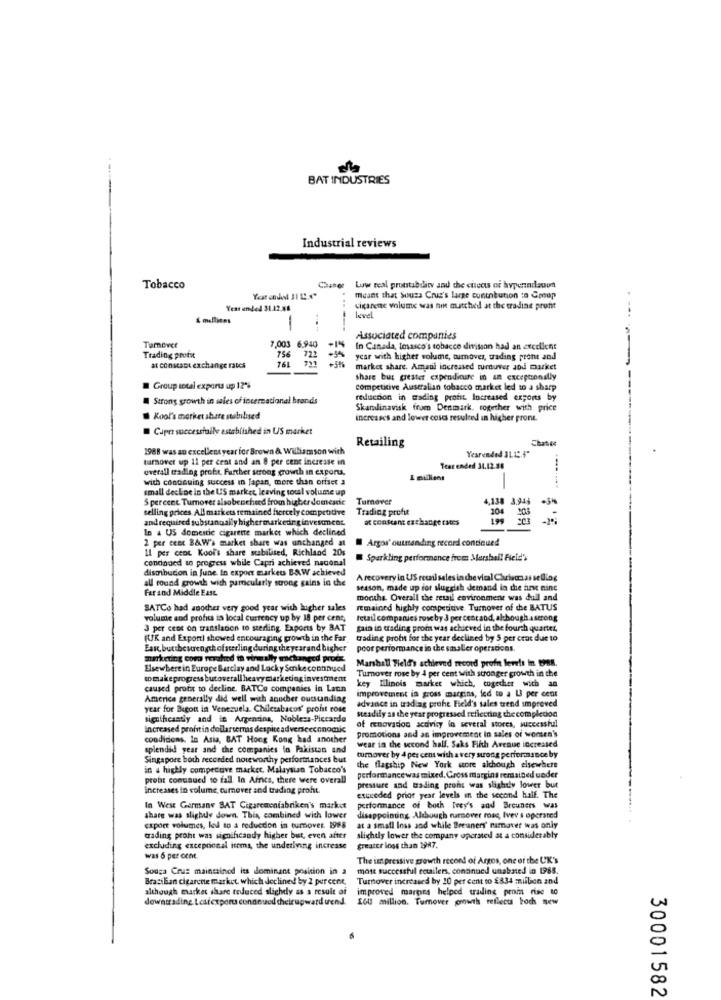
BAT INDUSTRIES
Industrial reviews
Tobacco
Low real prontability and the cuscots of hyperindauun
meant that Souss Cruz's large cuntobunion to Crop
Vest ended 31.12.45
circarene volume was nin matched at the trading profit
& millions
level
Tumover
7,003 6.940
Associated companies
In Canada, Imasco's tobacco division had an excellent
Trading profit
756
76
722
ycar with higher volume, tumoves, trading prot and
at constant exchange rates
market share. Amaul increased turuver and market
share but greater expenditure in an exceptionally
Group total exports up 12%
Competitive Australian tobacco market led to a sharp
Strong growth in sales of international brands
reduction in wading profit. Increased exports by
Skandinavisk from Denmark, together with price
Kool's market share stabilised
increases and lower coses resulted in higher pront.
Cape successfully established in US market
Retailing
Chasee
1988 was an excellent year for Brown & Williamson with
Yearended 3LI: 4"
turnover up 1l per cent and an 8 per cent increase in
overall trading profit, Further strong growth in exports.
Test ended 31.12.58
with continuing success in Japan, more than orfset a
1 millions
small decline in the US market, leaving toul volume up
5 percent Turnover alsobenched from higher domesdie
Tumover
4,138 3.945
selling prices All markets remained fiercely competitive
Trading profit
204
104 203
and required substanually higher markedrginvestment.
at constant exchange rates
In a US domestic cigarette market which declined
2 per ceex B&W's market share was unchanged at
Argos' outrending record continued
11 per cent Kool's share stabilised, Richland 20s
continued to progress while Capri achieved naconal
Sparkling performance from Mershall Field's
distribucion in June in export markets B&W achieved
all round growth with particularly strong gains in the
A recovery in US retail sales in che vical Chrisgas sediog
Far and Middle East.
season, made up for sluggish demand in the hne nine
months. Overall the retail environment was dull and
SATCo had another very good year with lugher sales
remained highly competitive. Turnover of the BATUS
volume and profits in local currency up by 18 per cent,
fetail companies rose by 3 per centand, although astrong
3 per cent on translation to sterling. Exports by BAT
gain in trading prom was achieved in the fourth quarter,
(UK and Exporti showed encouraging growth in the Far
trading profit for the year declined by 5 per cent due to
Eaxc, butthestrength ofsterling duringtheyearand higher
poor performance in the smaller operations.
marketing como rushed in virally unchanged proce
Marshall Field's achieved record profit levels in 1988.
Elsewhere in Europe Barclay and Lacky Sonikecontinued
Turnover rose by 4 per cent with stronger growth in the
to makeprogress butoverall heavy marketinginvestment
key Ilinois market which, together with an
caused profit to decline. BATCo companies in Laun
Americe generally did well with anucher outsundiag
improvement in gross margins, led to a LI per cent
year for Bigot in Venezuela. Chiletabacos' proht rose
advance in tradiag prohe Field's sales trend improved
steadily as the year progressed reflecting the compledon
significantly and te Argentina, Nobless-Piccarde
Increased profitin dollarserms despite adverseeconomic
of mnovadon activity in several stores, successful
condidens, In Asia, BAT Hong Kong had another
promotions and an improvement In sales of women's
splendid year and the companies in Pakistan and
wear in the second half. Saks Fifth Avenue increased
Singapore both recceded noteworthy performances but
turnover by 4 per cent with a very strong performance by
in a highly compective market, Malaysian Tobacco's
the flagship New York store although elsewhere
profit conusued to fall. In Africa, there were overall
performancewas mixed, Gross margins remained under
increases in volume, cumnever and trading profit.
pressure and trading pront was slightly lower but
etureded print year levels in the second half. The
In West Germany BAT Cigaremeniabriken's market
performance of both Trey's and Breuners was
share was slightly down. This, combined with lower
sappointing, Although narnever rose, Ivev s operated
export volumes, lod to a reduction in turnover 1998
at a small Inss and while Breuners' namaver was only
trading proht was significandy higher but, even after slightly lower the company operated at a considerably
excluding exceptional items, the underlying increase greater loss than 1987.
greater loss than 1987.
was 6 per cent.
The tn pressive growth record of Argos, one of the UK's
Souga Crus maintained its dominant position in a
most successful retailers, continued unabated in 1985.
Brasilian cigarette market, which declined by 2 percent,
Brasilian cigarette market, which declined by 2 percent, Turnover increased by 10 per cent to £834 million and
Turnover increased by 10 per cent to $834 million and
although market share reduced slighdy as a result of
improved martins helped trading penin rise to
downtrading
their
Suend
160 million. Turnover growth reflect boch new
30001582